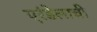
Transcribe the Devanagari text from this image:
एरंडेलाची